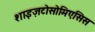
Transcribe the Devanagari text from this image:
शाइज़टोसोमिएसिस